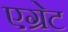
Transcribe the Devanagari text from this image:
एग्रेट